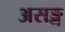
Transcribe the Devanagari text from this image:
असङ्ग